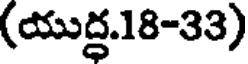
(యుద్ధ.18-33)